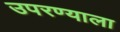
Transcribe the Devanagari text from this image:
उपरण्याला